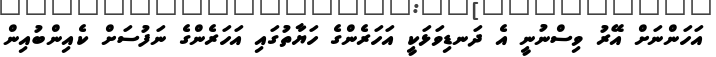
އަހަންނަށް އޭރު ވިސްނުނީ އެ ދަނޑިވަޅަކީ އަހަރެންގެ ހަޔާތުގައި އަހަރެންގެ ނަފުސަށް ކެއިންބުއިން